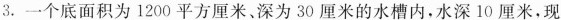
3.一个底面积为1200平方厘米、深为30厘米的水槽内，水深10厘米，现